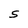
Character: S